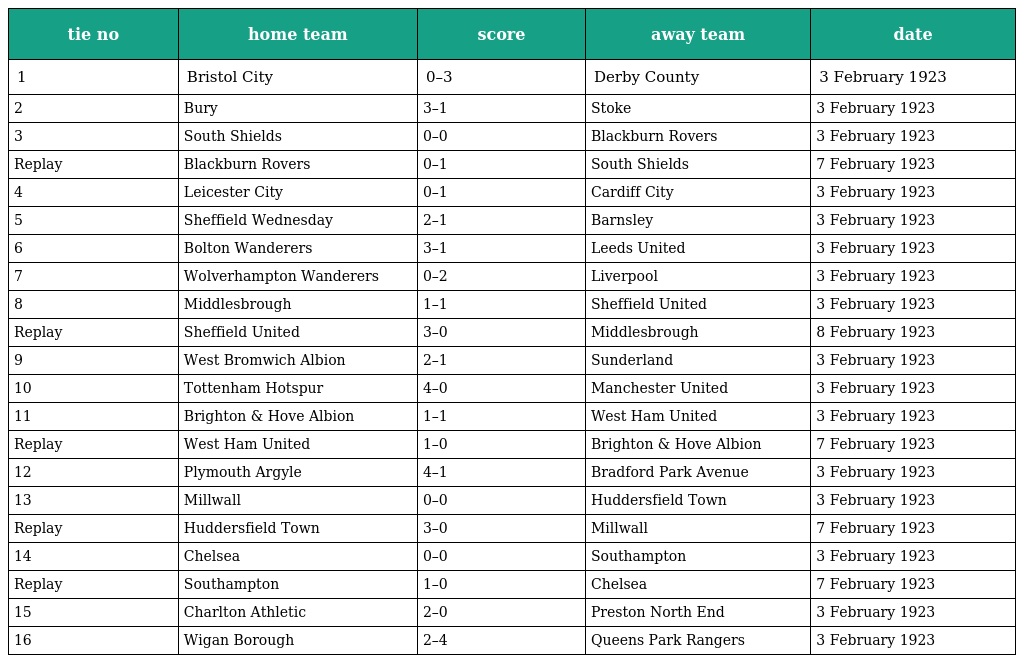
| tie no | home team | score | away team | date |
 | --- | --- | --- | --- | --- |
 | 1 | Bristol City | 0–3 | Derby County | 3 February 1923 |
 | 2 | Bury | 3–1 | Stoke | 3 February 1923 |
 | 3 | South Shields | 0–0 | Blackburn Rovers | 3 February 1923 |
 | Replay | Blackburn Rovers | 0–1 | South Shields | 7 February 1923 |
 | 4 | Leicester City | 0–1 | Cardiff City | 3 February 1923 |
 | 5 | Sheffield Wednesday | 2–1 | Barnsley | 3 February 1923 |
 | 6 | Bolton Wanderers | 3–1 | Leeds United | 3 February 1923 |
 | 7 | Wolverhampton Wanderers | 0–2 | Liverpool | 3 February 1923 |
 | 8 | Middlesbrough | 1–1 | Sheffield United | 3 February 1923 |
 | Replay | Sheffield United | 3–0 | Middlesbrough | 8 February 1923 |
 | 9 | West Bromwich Albion | 2–1 | Sunderland | 3 February 1923 |
 | 10 | Tottenham Hotspur | 4–0 | Manchester United | 3 February 1923 |
 | 11 | Brighton & Hove Albion | 1–1 | West Ham United | 3 February 1923 |
 | Replay | West Ham United | 1–0 | Brighton & Hove Albion | 7 February 1923 |
 | 12 | Plymouth Argyle | 4–1 | Bradford Park Avenue | 3 February 1923 |
 | 13 | Millwall | 0–0 | Huddersfield Town | 3 February 1923 |
 | Replay | Huddersfield Town | 3–0 | Millwall | 7 February 1923 |
 | 14 | Chelsea | 0–0 | Southampton | 3 February 1923 |
 | Replay | Southampton | 1–0 | Chelsea | 7 February 1923 |
 | 15 | Charlton Athletic | 2–0 | Preston North End | 3 February 1923 |
 | 16 | Wigan Borough | 2–4 | Queens Park Rangers | 3 February 1923 |